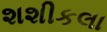
શશીકલા